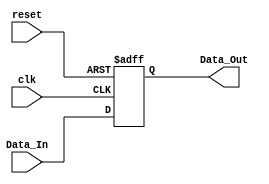
`timescale 1ns / 1ps


module 
 delay_1_1 #(parameter
	SIG_DATA_WIDTH = 1,
	delay_cycles = 1
	)(
	input clk,
	input reset,
	input [SIG_DATA_WIDTH-1:0] Data_In,
	output [SIG_DATA_WIDTH-1:0] Data_Out
	);
	

	reg	[SIG_DATA_WIDTH-1:0] FIFO  [delay_cycles-1:0] ;
	always @ (posedge clk or posedge reset)
    begin
        if(reset)
		begin
			FIFO[0] <= {SIG_DATA_WIDTH{1'b0}};
		end
		else
		begin
			FIFO[0] <= Data_In;
		end
	end

	assign    Data_Out = FIFO[0];
endmodule